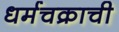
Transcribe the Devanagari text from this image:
धर्मचक्राची